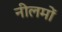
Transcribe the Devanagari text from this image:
नीलमों